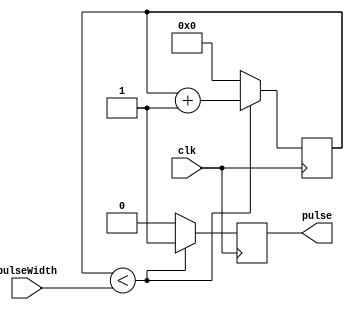
module DutyCyclePulseGenerator (
  input wire clk,
  input wire [7:0] pulseWidth,
  output reg pulse
);

reg [7:0] counter;
reg pulseOutput;

always @(posedge clk) begin
  if (counter < pulseWidth) begin
    pulseOutput <= 1;
    counter <= counter + 1;
  end else begin
    pulseOutput <= 0;
    counter <= 0;
  end
end

assign pulse = pulseOutput;

endmodule